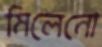
মিলেনো